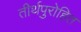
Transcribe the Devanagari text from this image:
तीर्थपुरोहित